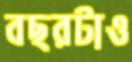
বছরটাও